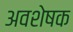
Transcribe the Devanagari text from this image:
अवशेषक